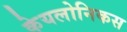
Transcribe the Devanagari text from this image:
केयलोनिकस